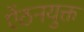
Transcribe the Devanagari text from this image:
ऐंठनयुक्त